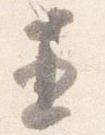
直